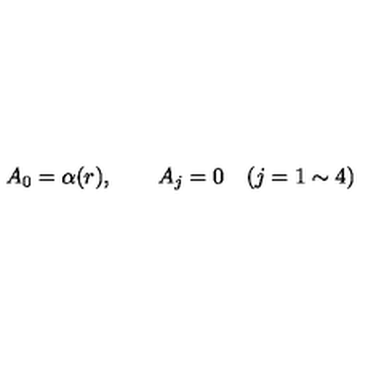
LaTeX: A _ { 0 } = \alpha ( r ) , \qquad A _ { j } = 0 \quad ( j = 1 \sim 4 )